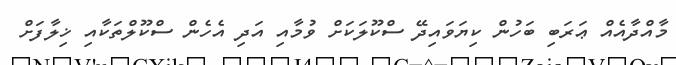
މާއްދާއެއް ޢަރަބި ބަހުން ކިޔަވައިދޭ ސްކޫލަކަށް ވުމާއި އަދި އެހެން ސްކޫލްތަކާއި ޚިލާފަށް